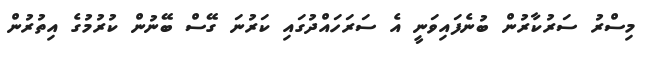
މިސްރު ސަރުކާރުން ބުނެފައިވަނީ އެ ސަރަހައްދުގައި ކަރުނަ ގޭސް ބޭނުން ކުރުމުގެ އިތުރުން